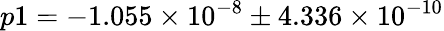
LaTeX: p1=-1.055\times 10^{-8}\pm 4.336\times 10^{-10}